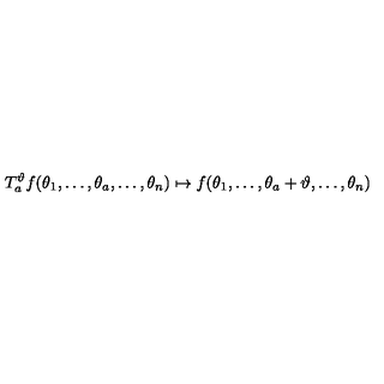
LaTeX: T _ { a } ^ { \vartheta } f ( \theta _ { 1 } , \ldots , \theta _ { a } , \ldots , \theta _ { n } ) \mapsto f ( \theta _ { 1 } , \ldots , \theta _ { a } + \vartheta , \ldots , \theta _ { n } ) \,